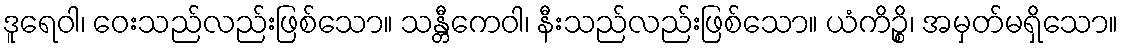
ဒူရေဝါ၊ ဝေးသည်လည်းဖြစ်သော။ သန္တီကေဝါ၊ နီးသည်လည်းဖြစ်သော။ ယံကိဉ္စိ၊ အမှတ်မရှိသော။